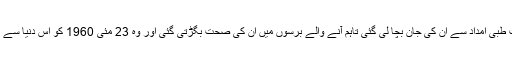
گاما پہلوان کی موت سے چند برس قبل انھیں ایک سانپ نے کاٹ لیا تھا لیکن بروقت طبی امداد سے ان کی جان بچا لی گئی تاہم آنے والے برسوں میں ان کی صحت بگڑتی گئی اور وہ 23 مئی 1960 کو اس دنیا سے رخصت ہوگئے، انھیں لاہور میں پیر مکی مزار کے قریب قبرستان میں دفن کیا گیا۔